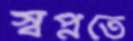
স্বপ্নতে